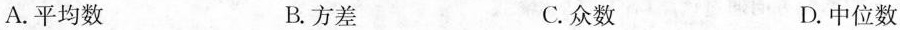
A. 平均数 B. 方差 C. 众数 D. 中位数